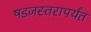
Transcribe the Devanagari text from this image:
षडजस्तरापर्यंत